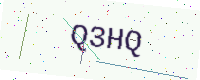
Text: Q3HQ